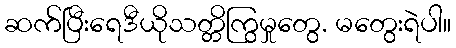
ဆက်ပြီးရေဒီယိုသတ္တိကြွမှုတွေ. မတွေးရဲပါ။